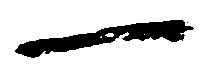
一